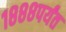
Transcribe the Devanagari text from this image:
१८८८पर्यंत